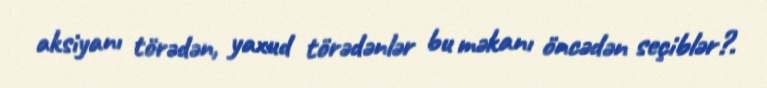
aksiyanı törədən, yaxud törədənlər bu məkanı öncədən seçiblər?.